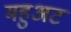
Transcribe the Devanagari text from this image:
महुअट